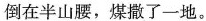
倒在半山腰，煤撒了一地。